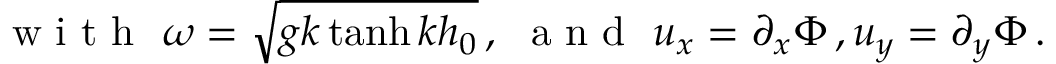
\mathrm { ~ w ~ i ~ t ~ h ~ \ } \omega = \sqrt { g k \operatorname { t a n h } k h _ { 0 } } \, , \mathrm { ~ \ a ~ n ~ d ~ \ } u _ { x } = \partial _ { x } \Phi \, , u _ { y } = \partial _ { y } \Phi \, .